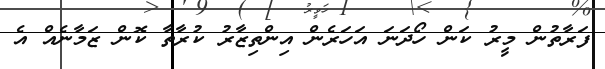
ފަރާތުން މީރު ކަން ހޯދަނަ އަހަރެން އިންތިޒާރު ކުރާތާ ކޮން ޒަމާނެއް އެ